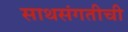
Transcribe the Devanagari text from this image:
साथसंगतीची